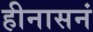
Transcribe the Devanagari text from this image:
हीनासनं